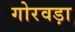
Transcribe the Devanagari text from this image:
गोरवड़ा